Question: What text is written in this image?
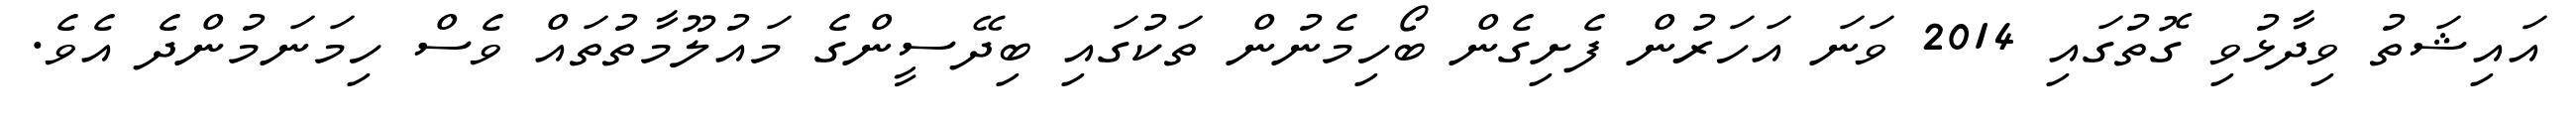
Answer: އައިޝަތު ވިދާޅުވި ގޮތުގައި 2014 ވަނަ އަހަރުން ފެށިގެން ބޯހިމެނުން ތަކުގައި ބިދޭސީންގެ މައުލޫމާތުތައް ވެސް ހިމަނަމުންދެ އެވެ.